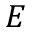
E